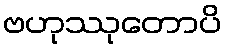
ဗဟုဿုတောပိ